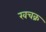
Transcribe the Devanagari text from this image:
खचक्र